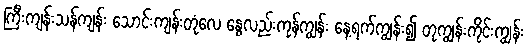
ကြီးကျန်းသန်ကျန်း သောင်းကျန်းတုံလေ နွေလည်းကုန်ကျွန်း နေ့ရက်ကျွန်း၍ တုကျွန်းကိုင်းကျွန်း